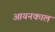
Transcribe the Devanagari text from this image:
आयनकाल